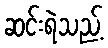
ဆင်းရဲသည့်